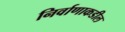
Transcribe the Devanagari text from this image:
निर्वाणाकडील